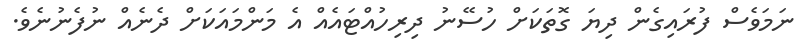
ނަމަވެސް ފުރައިގެން ދިޔަ ގޮތަކަށް ހުސޭނު ދިރިހުއްޓައެއް އެ މަންމައަކަށް ދެނެއް ނުފެނުނެވެ.